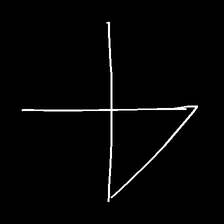
Glyph: collection